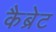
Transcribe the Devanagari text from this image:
कैब्रेट